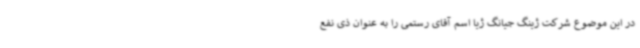
در این موضوع شرکت ژینگ جیانگ ژیا اسم آقای رستمی را به عنوان ذی نفع